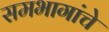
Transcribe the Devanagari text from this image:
समभागांचे